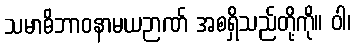
သမာဓိဘာဝနာမယဉာဏ် အစရှိသည်တို့ကို။ ဝါ၊